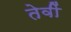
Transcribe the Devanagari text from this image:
तेवीं